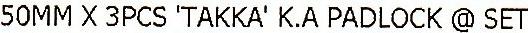
50MM X 3PCS 'TAKKA' K.A PADLOCK @ SET